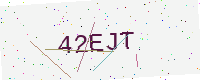
Text: 42EJT